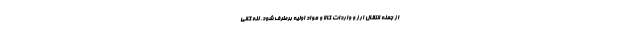
از جمله انتقال ارز و واردات کالا و مواد اولیه برطرف شود. لله گانی